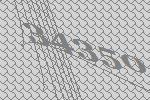
34350